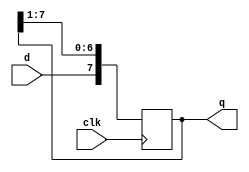
module right_shifter(
    input wire clk,
    input wire d,
    output reg [7:0] q
);

    // Initialize the shift register to 0
    initial begin
        q = 8'b00000000;
    end

    // Perform the shift operation on the rising edge of the clock
    always @(posedge clk) begin
        q <= {d, q[7:1]}; // Concatenate new bit 'd' at the MSB and shift right
    end

endmodule